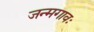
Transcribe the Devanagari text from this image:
जन्मगावः